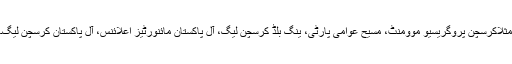
مثلاًکرسچن پروگریسیو موومنٹ، مسیح عوامی پارٹی، ینگ بلڈ کرسچن لیگ، آل پاکستان مائنورٹیز اعلائنس، آل پاکستان کرسچن لیگ۔